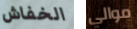
الخفاش موالي